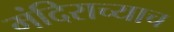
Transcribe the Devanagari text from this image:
मंदिराच्याच